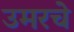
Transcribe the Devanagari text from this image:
उमरचे